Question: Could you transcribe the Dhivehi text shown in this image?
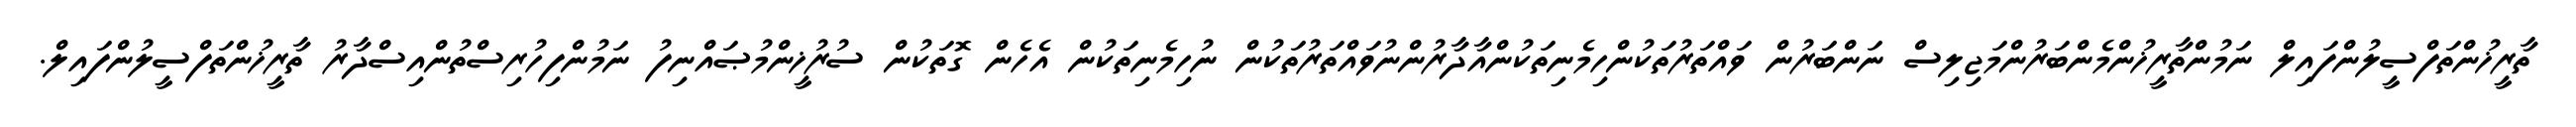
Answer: ތާރީޚުންތަފްސީލުންފައިލް ނަމުންތާރީޚުންމެންބަރުންމަޖިލިސް ނަންބަރުން ވައްތަރުތަކުންހިމެނިތަކުންއާދާރުންނުވައްތަރުތަކުން ނުހިމެނިތަކުން އެހެން ގޮތަކުން ސުރުޚީންމުޞައްނިފު ނަމުންފިހުރިސްތުންއިސްދާރު ތާރީޚުންތަފްސީލުންފައިލް.